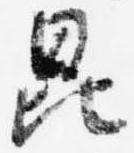
昆